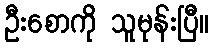
ဦးစောကို သူမုန်းပြီ။